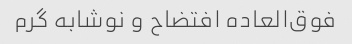
فوق‌العاده افتضاح و نوشابه گرم